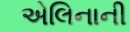
એલિનાની